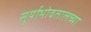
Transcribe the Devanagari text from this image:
सूर्याभोवतालच्या